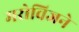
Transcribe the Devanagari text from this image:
मरोविजने